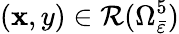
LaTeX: (\mathbf{x},y)\in\mathcal{{R}}(\Omega_{\bar{{\varepsilon}}}^{5})